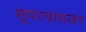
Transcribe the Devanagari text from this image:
सूपरवायजर